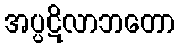
အပ္ပဋိလာဘတော